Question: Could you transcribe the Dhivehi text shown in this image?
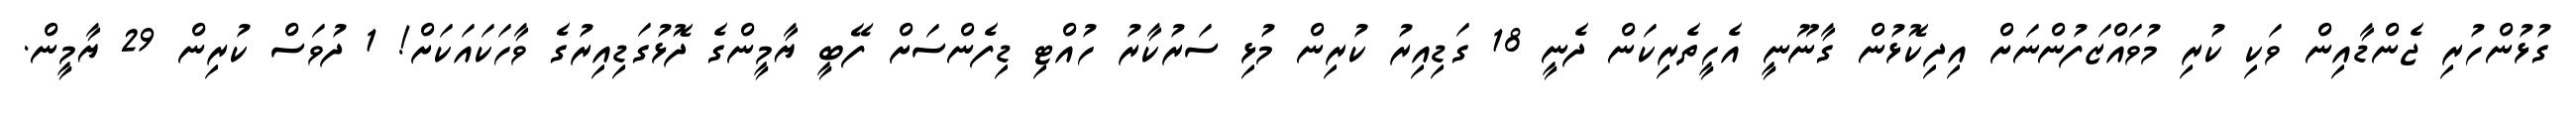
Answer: ގުޅުންހުރި ޖެންޑާއިން ވަކި ކުރި މުވައްޒަފުންނަށް އިދިކޮޅުން ގާނޫނީ އެހީތެރިކަން ދެނީ 18 ގަޑިއިރު ކުރިން މުޅި ސަރުކާރު ހުއްޓި ޑިފެންސަށް ފޭބީ ޔާމީންގެ ދޮޅުގަޑިއިރުގެ ވާހަކައަކަށް! 1 ދުވަސް ކުރިން 29 ޔާމީން.